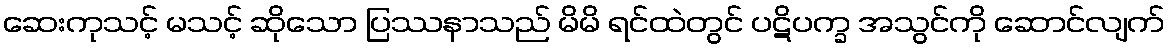
ဆေးကုသင့် မသင့် ဆိုသော ပြဿနာသည် မိမိ ရင်ထဲတွင် ပဋိပက္ခ အသွင်ကို ဆောင်လျက်